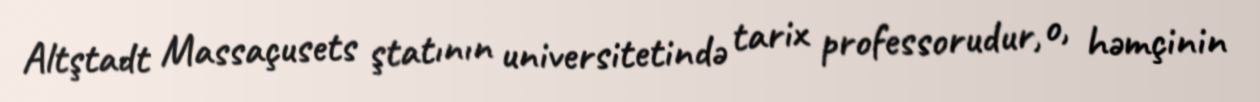
Altştadt Massaçusets ştatının universitetində tarix professorudur, o, həmçinin